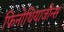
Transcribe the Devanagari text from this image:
फिनोथियाजीन्स